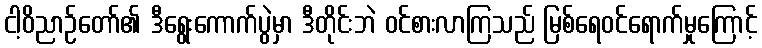
ငါ့ဝိညာဉ်တော်၏ ဒီရွေးကောက်ပွဲမှာ ဒီတိုင်းဘဲ ဝင်စားလာကြသည် မြစ်ရေဝင်ရောက်မှုကြောင့်